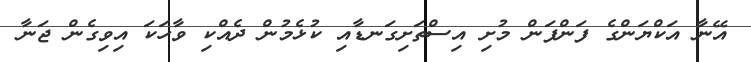
އޭނާ އަކްޔަންގެ ފަންފަން މުށި އިސްތަށިގަނޑާއި ކުޅެމުން ދެއްކި ވާހަކަ އިވިގެން ޖަނާ